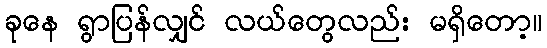
ခုနေ ရွာပြန်လျှင် လယ်တွေလည်း မရှိတော့။